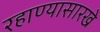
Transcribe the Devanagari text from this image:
रहाण्यासारखे